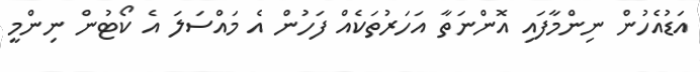
އަޑުއެހުން ނިންމާފައި އޮންނަތާ އަހަރުތަކެއް ފަހުން އެ މައްސަލަ އެ ކޯޓުން ނިންމީ